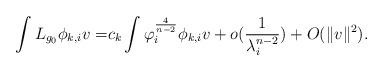
LaTeX: \begin{align*}\int L_{g_{0}}\phi_{k,i}v= & c_{k}\int \varphi_{i}^{\frac{4}{n-2}} \phi_{k,i}v+o( \frac{1}{\lambda_{i}^{n-2}} )+O(\Vert v \Vert^{2}).\end{align*}